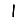
Digit: 1